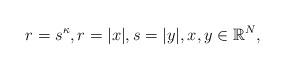
LaTeX: \begin{align*}r = s^{\kappa}, r = |x|, s = |y|, x, y \in {\mathbb R}^N,\end{align*}